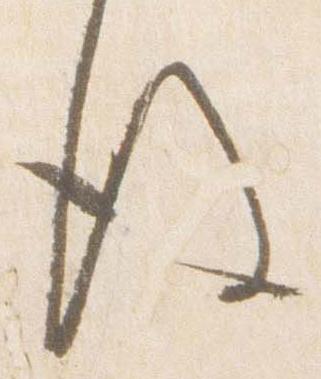
後